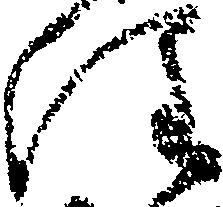
注